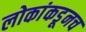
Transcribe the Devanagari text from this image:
लोकांकडूनच